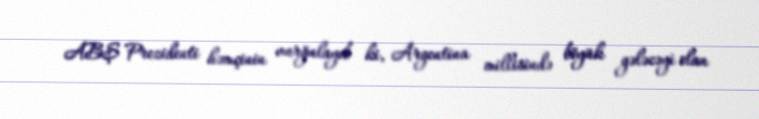
ABŞ Prezidenti həmçinin vurğulayıb ki, Argentina millisində böyük gələcəyi olan